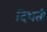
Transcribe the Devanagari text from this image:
दिशतीं